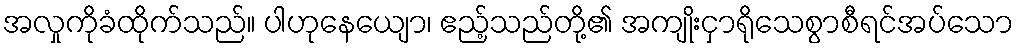
အလှုကိုခံထိုက်သည်။ ပါဟုနေယျော၊ ဧည့်သည်တို့၏ အကျိုးငှာရိုသေစွာစီရင်အပ်သော